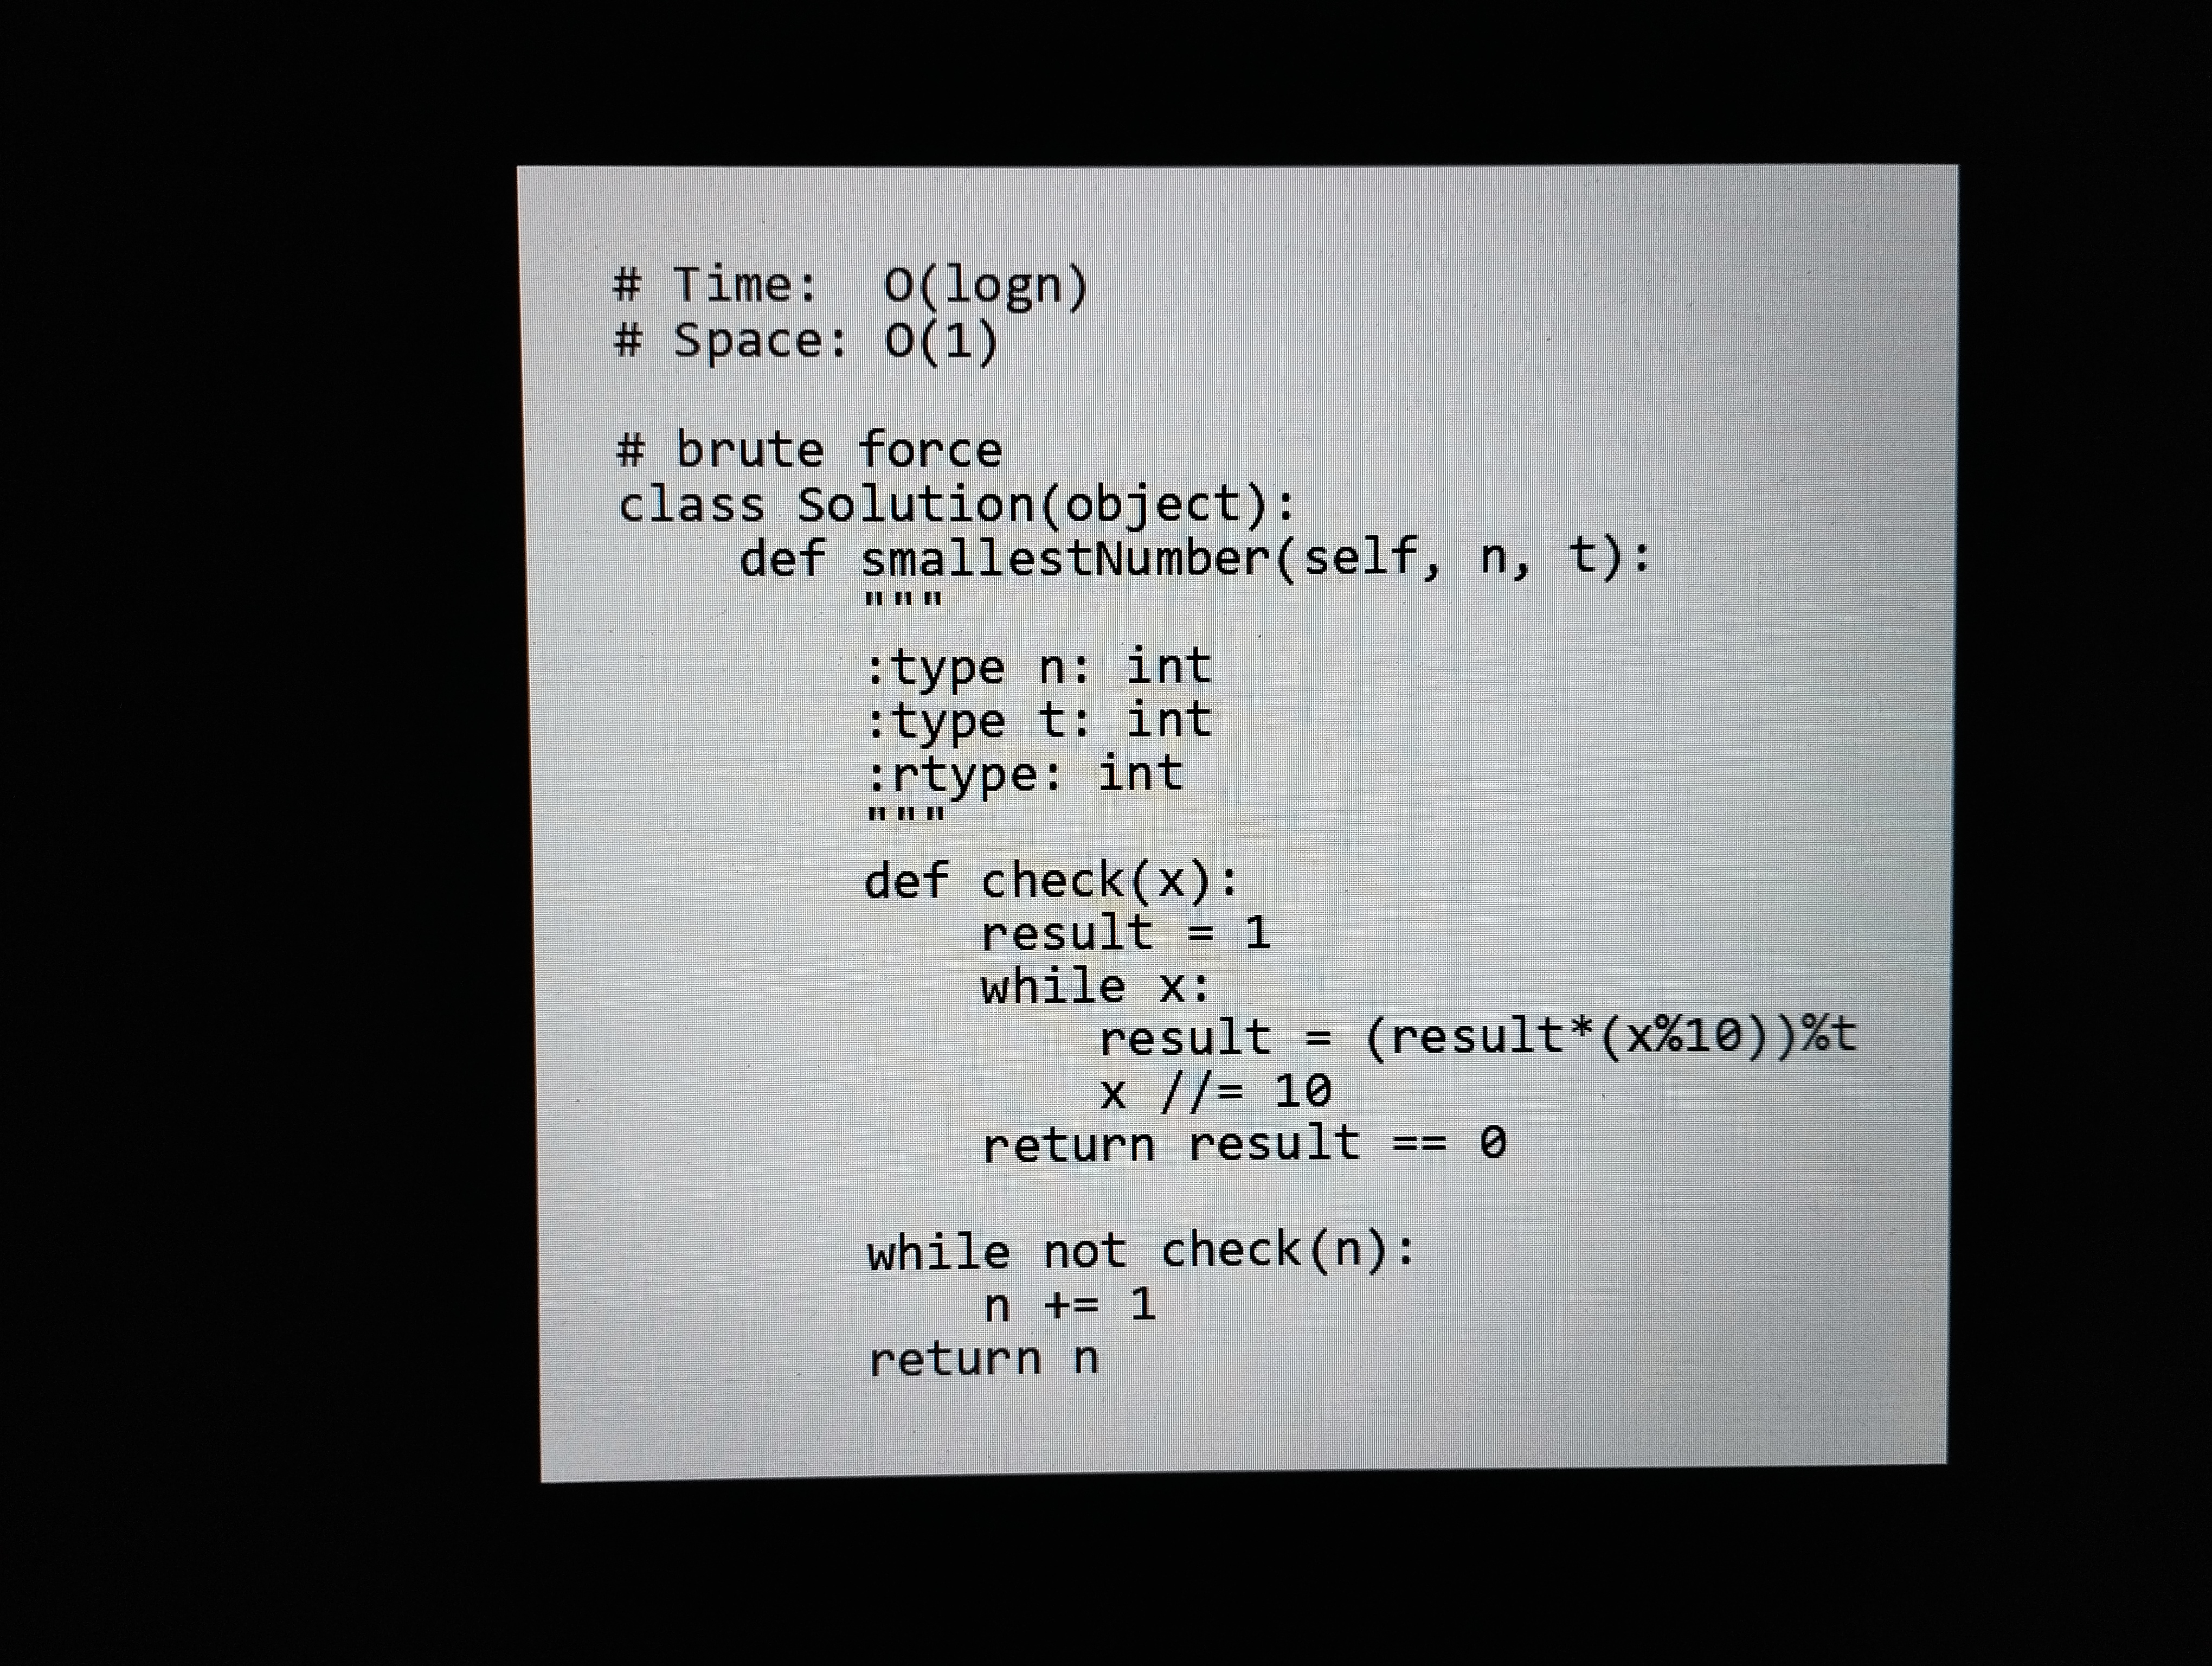
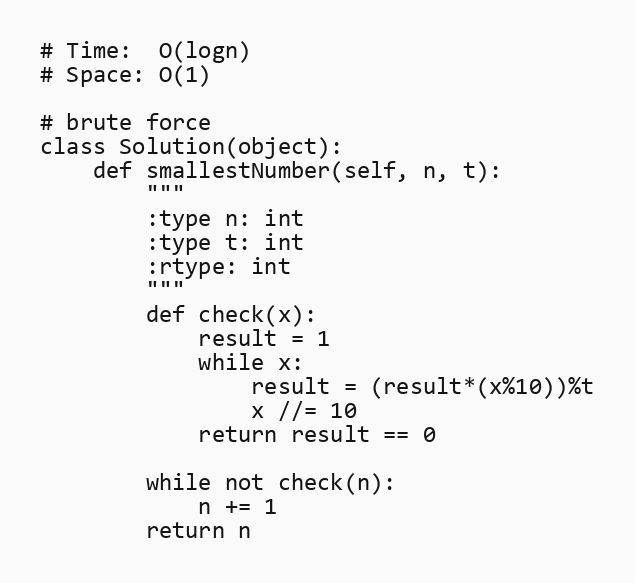
# Time:  O(logn)
# Space: O(1)

# brute force
class Solution(object):
    def smallestNumber(self, n, t):
        """
        :type n: int
        :type t: int
        :rtype: int
        """
        def check(x):
            result = 1
            while x:
                result = (result*(x%10))%t
                x //= 10
            return result == 0

        while not check(n):
            n += 1
        return n